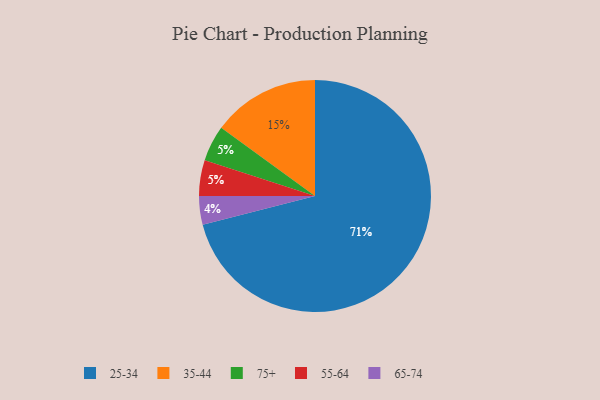
{"axis": {"x": "Category", "y": "Percentage"}, "legend": ["25-34", "35-44", "55-64", "65-74", "75+"], "data": [{"x": "75+", "y": 5, "type": "75+"}, {"x": "65-74", "y": 4, "type": "65-74"}, {"x": "25-34", "y": 71, "type": "25-34"}, {"x": "35-44", "y": 15, "type": "35-44"}, {"x": "55-64", "y": 5, "type": "55-64"}]}